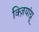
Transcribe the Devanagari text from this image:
क्ज़ियांग्नू